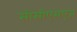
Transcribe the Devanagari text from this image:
सीसीएमएज